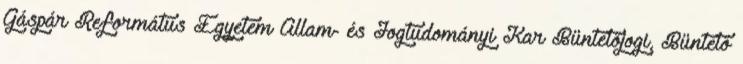
Gáspár Református Egyetem Állam- és Jogtudományi Kar Büntetőjogi, Büntető